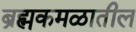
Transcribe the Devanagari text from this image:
ब्रह्मकमळातील